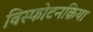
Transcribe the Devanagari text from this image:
विस्फोटनक्रिया